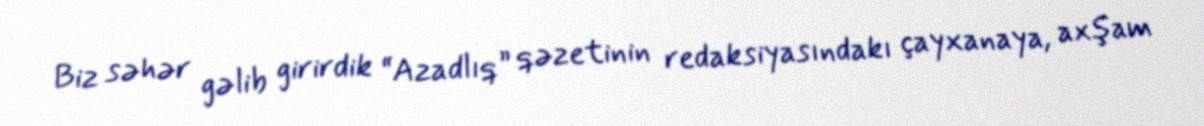
Biz səhər gəlib girirdik “Azadlıq” qəzetinin redaksiyasındakı çayxanaya, axşam